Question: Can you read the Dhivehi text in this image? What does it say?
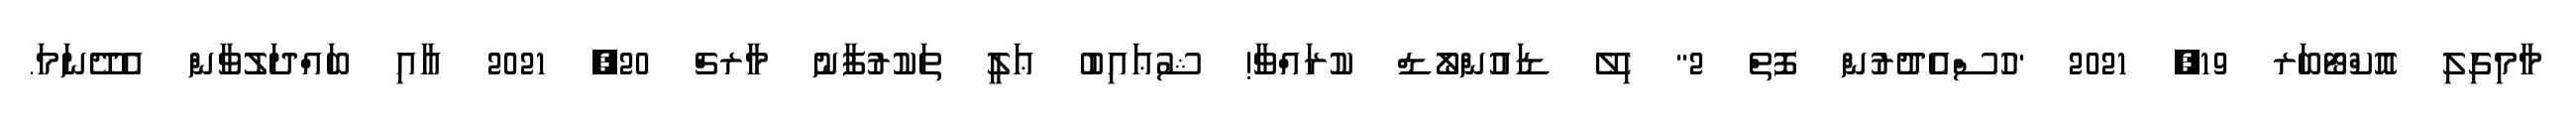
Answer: މާމިގިލި އޮކްޓޯބަރ 19, 2021 "ހުސްއެދުރުން ފޮތް 2" ހިލޭ ޑައުންލޯޑް ކުރައްވާ! ޝުޢައިބު ޢަލީ ތަކުރުފާނު މާރޗް 20, 2021 އާއި ބައްދަލުވާން އެދޭނަމަ.